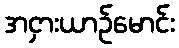
အငှားယာဉ်မောင်း